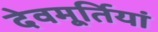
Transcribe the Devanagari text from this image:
देवमूर्तियां